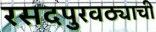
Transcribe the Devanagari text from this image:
रसदपुरवठ्याची